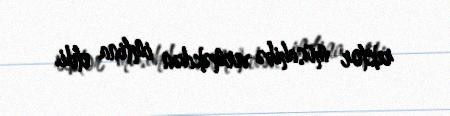
rektor müsahibə verməkdən imtina etdi.